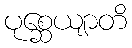
ပုစ္ဆေယျာတိ